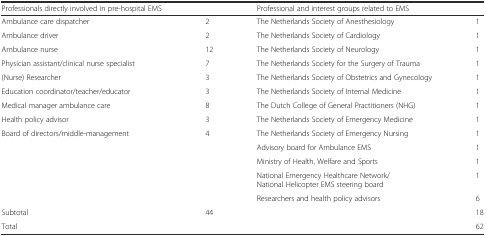
<table><thead><tr><td><b>Professionals directly involved in pre-hospital EMS</b></td><td></td><td><b>Professional and interest groups related to EMS</b></td><td></td></tr></thead><tbody><tr><td>Ambulance care dispatcher</td><td>2</td><td>The Netherlands Society of Anesthesiology</td><td>1</td></tr><tr><td>Ambulance driver</td><td>2</td><td>The Netherlands Society of Cardiology</td><td>1</td></tr><tr><td>Ambulance nurse</td><td>12</td><td>The Netherlands Society of Neurology</td><td>1</td></tr><tr><td>Physician assistant/clinical nurse specialist</td><td>7</td><td>The Netherlands Society for the Surgery of Trauma</td><td>1</td></tr><tr><td>(Nurse) Researcher</td><td>3</td><td>The Netherlands Society of Obstetrics and Gynecology</td><td>1</td></tr><tr><td>Education coordinator/teacher/educator</td><td>3</td><td>The Netherlands Society of Internal Medicine</td><td>1</td></tr><tr><td>Medical manager ambulance care</td><td>8</td><td>The Dutch College of General Practitioners (NHG)</td><td>1</td></tr><tr><td>Health policy advisor</td><td>3</td><td>The Netherlands Society of Emergency Medicine</td><td>1</td></tr><tr><td>Board of directors/middle-management</td><td>4</td><td>The Netherlands Society of Emergency Nursing</td><td>1</td></tr><tr><td></td><td></td><td>Advisory board for Ambulance EMS</td><td>1</td></tr><tr><td></td><td></td><td>Ministry of Health, Welfare and Sports</td><td>1</td></tr><tr><td></td><td></td><td>National Emergency Healthcare Network/National Helicopter EMS steering board</td><td>1</td></tr><tr><td></td><td></td><td>Researchers and health policy advisors</td><td>6</td></tr><tr><td>Subtotal</td><td>44</td><td></td><td>18</td></tr><tr><td colspan="3">Total</td><td>62</td></tr></tbody></table>